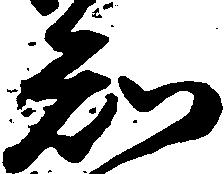
知